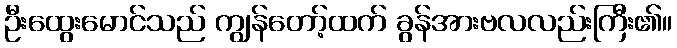
ဦးထွေးမောင်သည် ကျွန်တော့်ထက် ခွန်အားဗလလည်းကြီး၏။